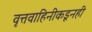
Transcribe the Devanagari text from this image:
वृत्तवाहिनीकडूनही